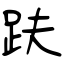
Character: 趺